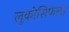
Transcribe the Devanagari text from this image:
लुकोसिफेला